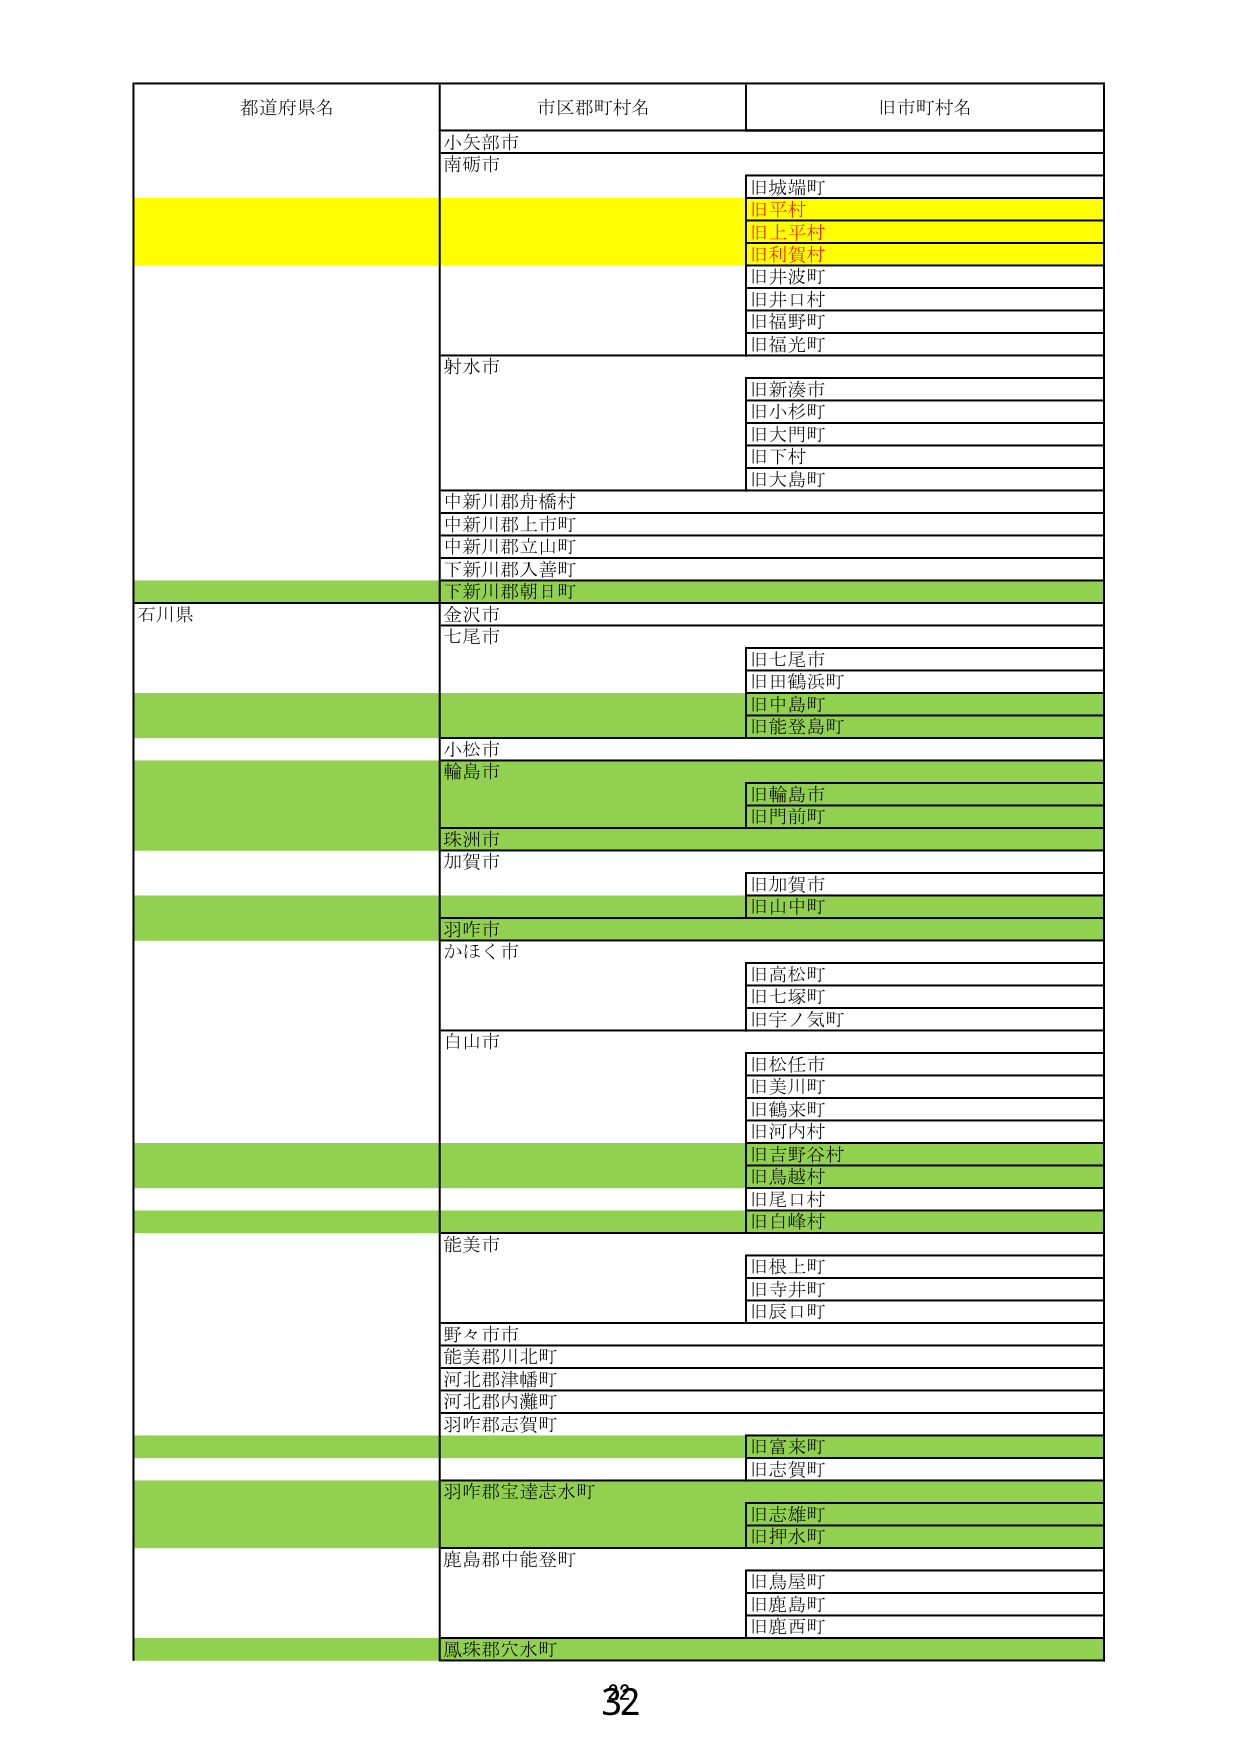
都道府県名 市区郡町村名 旧市町村名
小矢部市
南砺市
旧城端町
旧平村
旧上平村
旧利賀村
旧井波町
旧井口村
旧福野町
旧福光町
射水市
旧新湊市
旧小杉町
旧大門町
旧下村
旧大島町
中新川郡舟橋村
中新川郡上市町
中新川郡立山町
下新川郡入善町
下新川郡朝日町
石川県
金沢市
七尾市
旧七尾市
旧田鶴浜町
旧中島町
旧能登島町
小松市
輪島市
旧輪島市
旧門前町
珠洲市
加賀市
旧加賀市
旧山中町
羽咋市
かほく市
旧高松町
旧七塚町
旧宇ノ気町
白山市
旧松任市
旧美川町
旧鶴来町
旧河内村
旧吉野谷村
旧鳥越村
旧尾口村
旧白峰村
能美市
旧根上町
旧寺井町
旧辰口町
野々市市
能美郡川北町
河北郡津幡町
河北郡内灘町
羽咋郡志賀町
旧富来町
旧志賀町
羽咋郡宝達志水町
旧志雄町
旧押水町
鹿島郡中能登町
旧鳥屋町
旧鹿島町
旧鹿西町
鳳珠郡穴水町
32